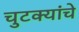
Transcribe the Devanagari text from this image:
चुटक्यांचे